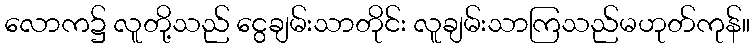
လောက၌ လူတို့သည် ငွေချမ်းသာတိုင်း လူချမ်းသာကြသည်မဟုတ်ကုန်။